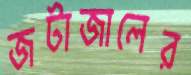
জটাজালের